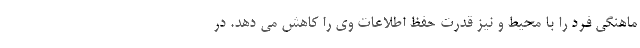
ماهنگی فرد را با محیط و نیز قدرت حفظ اطلاعات وی را کاهش می ‌دهد. در